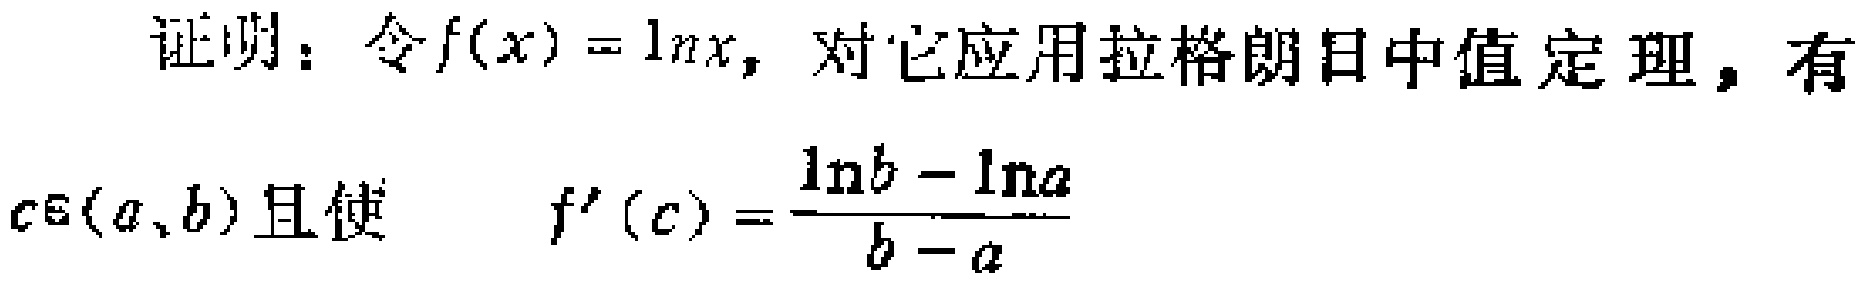
证明：令$f(x)=\ln x$，对它应用拉格朗日中值定理，有
$c\in(a,b)$且使 \[f^{\prime}(c)=\frac{\ln b - \ln a}{b - a}\]